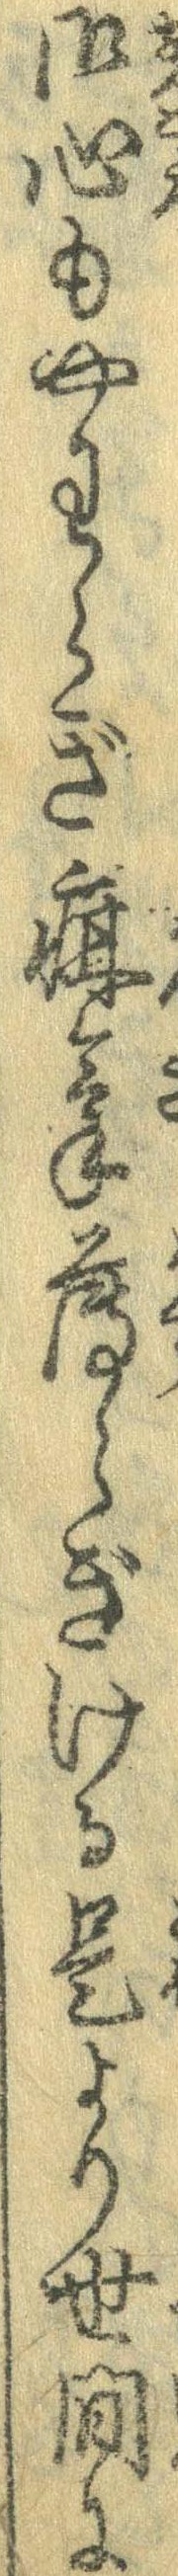
御心もやわらぎ疳気薄らぎける是より世間に